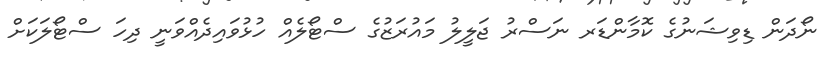
ނޯދަން ޑިވިޝަނުގެ ކޮމާންޑަރ ނަސްރު ޖަލީލު މައުރަޒުގެ ސްޓޯލެއް ހުޅުވައިދެއްވަނީ ދިހަ ސްޓޯލަކަށް